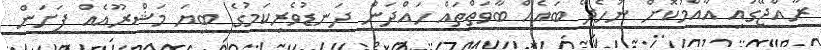
ރާއްޖޭގައި އާއްމުކޮށް ނުހެދޭ ބައެއް ބާވަތްތައް ހައްދަން ދަނޑުވެރިކަމުގެ ބިޔަ މަޝްރޫއެއް ފަށަން